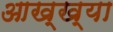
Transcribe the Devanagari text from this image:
आख्‍ख्या